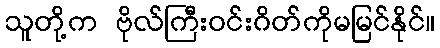
သူတို့က ဗိုလ်ကြီးဝင်းဂိတ်ကိုမမြင်နိုင်။